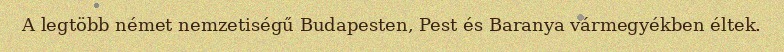
A legtöbb német nemzetiségű Budapesten, Pest és Baranya vármegyékben éltek.